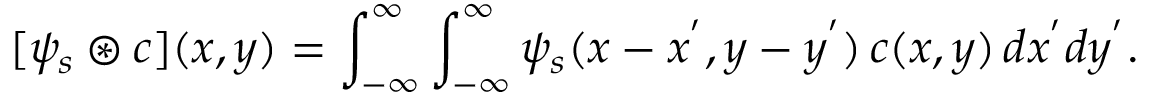
[ \psi _ { s } \circledast c ] ( x , y ) = \int _ { - \infty } ^ { \infty } \int _ { - \infty } ^ { \infty } \psi _ { s } ( x - x ^ { ' } , y - y ^ { ' } ) \, c ( x , y ) \, d x ^ { ' } d y ^ { ' } .